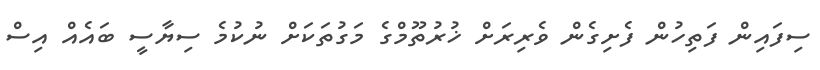
ސިފައިން ފަތިހުން ފެށިގެން ވެރިރަށް ޚުރުތޫމްގެ މަގުތަކަށް ނުކުމެ ސިޔާސީ ބައެއް އިސް